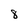
Character: 8